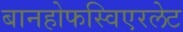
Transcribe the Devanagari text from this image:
बानहोफस्विएरलेट